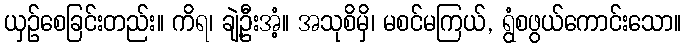
ယှဉ်စေခြင်းတည်း။ ကိရ၊ ချဲ့ဦးအံ့။ အသုစိမှိ၊ မစင်မကြယ်, ရွံစဖွယ်ကောင်းသော။